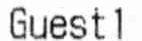
GUESTL